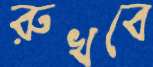
রুখবে